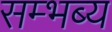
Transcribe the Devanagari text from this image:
सम्भब्य